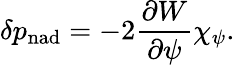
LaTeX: \delta p_{\mathrm{nad}}=-2\frac{\partial W}{\partial\psi}\chi_{\psi}.